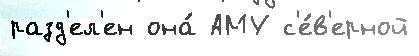
разд'ел'ен она́ АМУ с'е́в'ерной